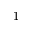
1